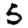
Digit: 5